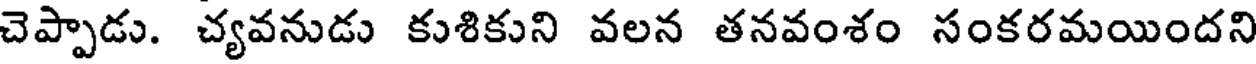
చెప్పాడు. చ్యవనుడు కుశికుని వలన తనవంశం సంకరమయిందని